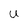
Character: U